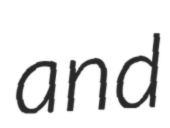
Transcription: and